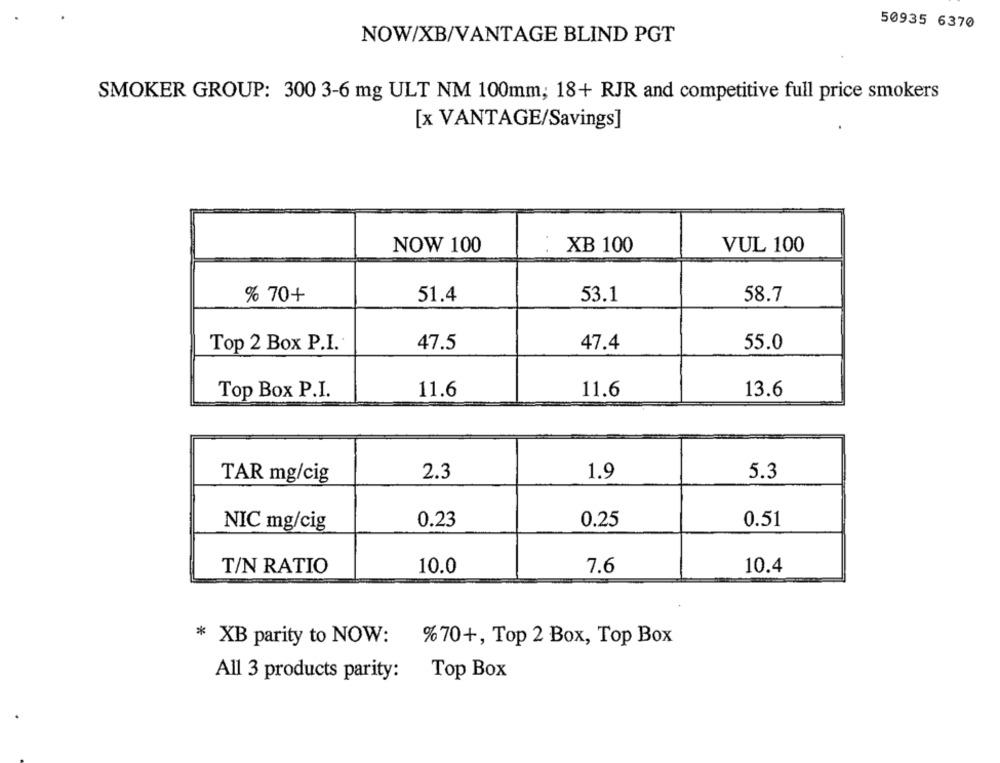
50935 6370
NOW/XB/VANTAGE BLIND PGT
SMOKER GROUP: 300 3-6 mg ULT NM 100mm; 18+ RJR and competitive full price smokers
[x VANTAGE/Savings]
NOW 100
XB 100
VUL 100
% 70+
51.4
53.1
58.7
Top 2 Box P.I.
47.5
47.4
55.0
Top Box P.I.
11.6
11.6
13.6
TAR mg/cig
2.3
1.9
5.3
0.23
0.25
0.51
NIC mg/cig
T/N RATIO
10.0
7.6
10.4
* XB parity to NOW:
%70+, Top 2 Box, Top Box
All 3 products parity:
Top Box